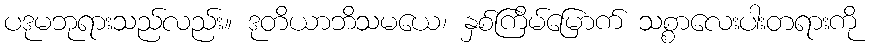
ပဒုမဘုရားသည်လည်း။ ဒုတိယာဘိသမယေ၊ နှစ်ကြိမ်မြောက် သစ္စာလေးပါးတရားကို